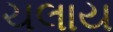
ચલાય